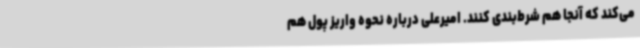
می‌کند که آنجا هم شرط‌بندی کنند. امیرعلی درباره نحوه واریز پول هم